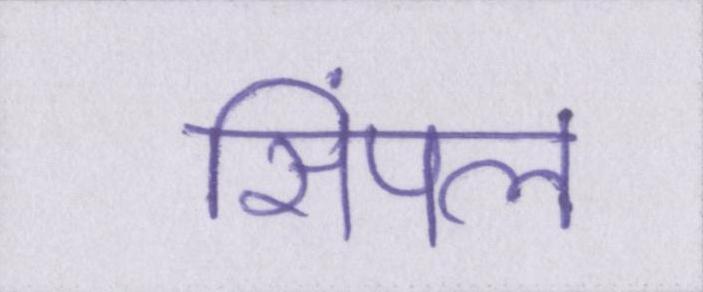
सिंपल